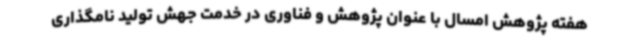
هفته پژوهش امسال با عنوان پژوهش و فناوری در خدمت جهش تولید نامگذاری